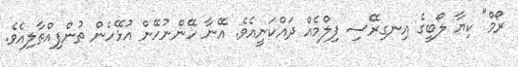
ރޯމް" ކިޔާ ލޯބީގެ އިނގިރޭސި ފިލްމެއް ދައްކަނީއެވެ. އޭނާ ހޭންނުހޭން އުޅޭހެން ތުންފިއްތާލިއެވެ.